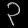
Digit: ၃